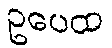
ဥပေထ